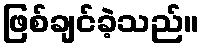
ဖြစ်ချင်ခဲ့သည်။